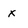
Character: X